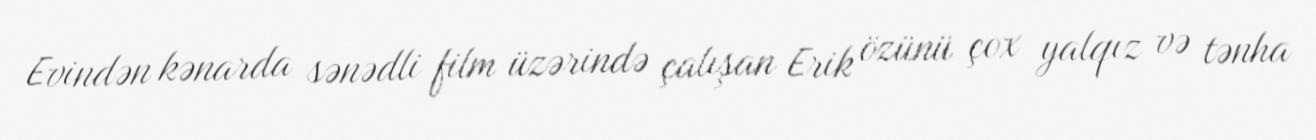
Evindən kənarda sənədli film üzərində çalışan Erik özünü çox yalqız və tənha